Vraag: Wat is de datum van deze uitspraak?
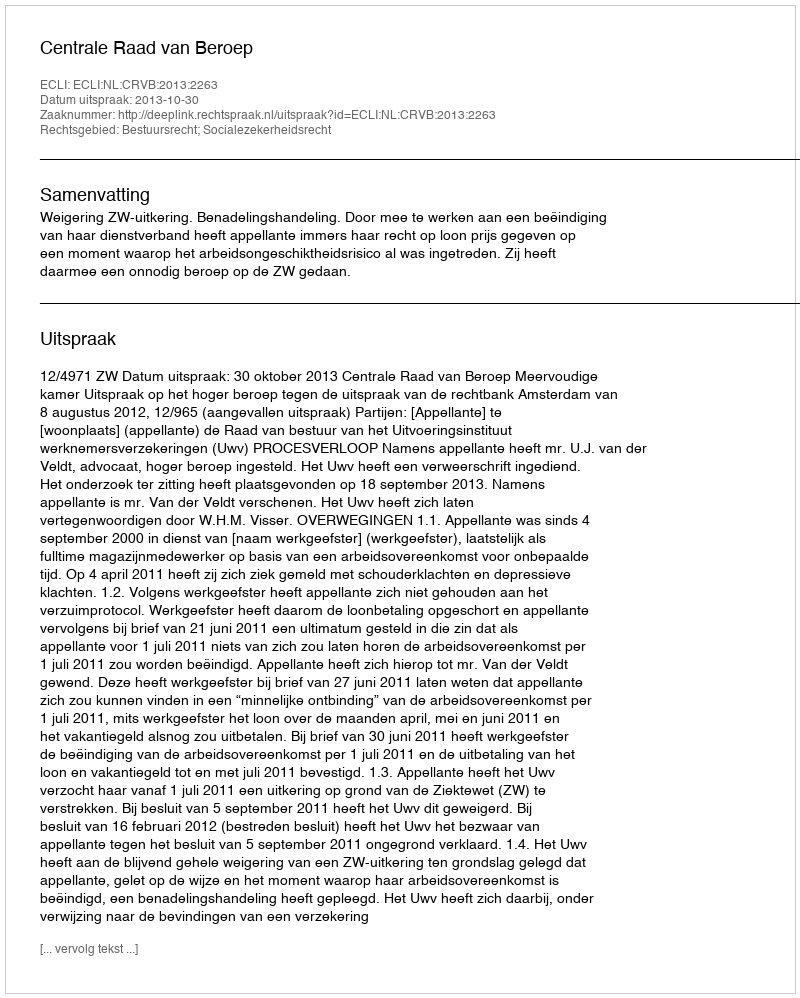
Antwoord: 2013-10-30